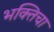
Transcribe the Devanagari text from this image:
भक्तिचा